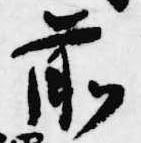
前